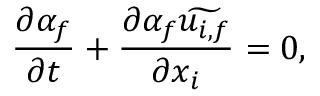
\frac { \partial \alpha _ { f } } { \partial t } + \frac { \partial \alpha _ { f } \widetilde { u _ { i , f } } } { \partial x _ { i } } = 0 ,